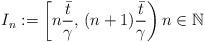
LaTeX: \begin{align*}I_n:=\left[n\dfrac{\bar{t}}{\gamma},\,(n+1)\dfrac{\bar{t}}{\gamma}\right) n \in {\mathbb{N}}\end{align*}